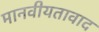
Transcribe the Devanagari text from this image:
मानवीयतावाद